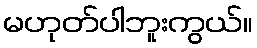
မဟုတ်ပါဘူးကွယ်။